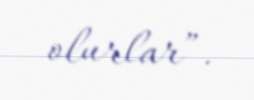
olurlar”.